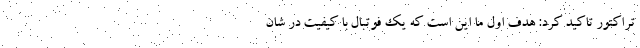
تراکتور تاکید کرد: هدف اول ما این است که یک فوتبال با کیفیت در شان